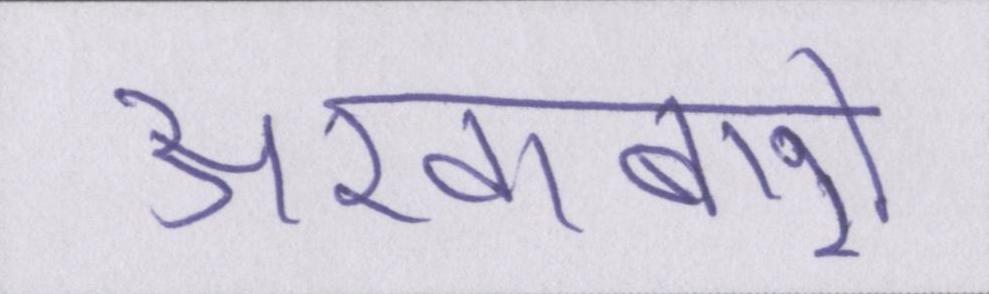
अखाबारो